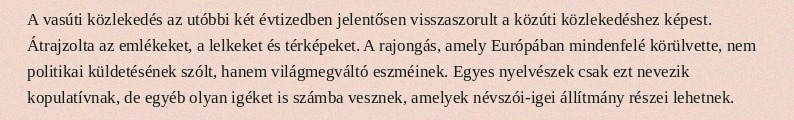
A vasúti közlekedés az utóbbi két évtizedben jelentősen visszaszorult a közúti közlekedéshez képest. Átrajzolta az emlékeket, a lelkeket és térképeket. A rajongás, amely Európában mindenfelé körülvette, nem politikai küldetésének szólt, hanem világmegváltó eszméinek. Egyes nyelvészek csak ezt nevezik kopulatívnak, de egyéb olyan igéket is számba vesznek, amelyek névszói-igei állítmány részei lehetnek.